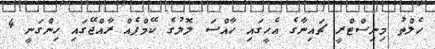
ހެލްތު މިނިސްޓްރީ ޗައިނާގެ އެހީގައި ހާއްސަ ލޮލުގެ ކޭމްޕެއް ރާއްޖޭގައި ހިންގަނީ 4